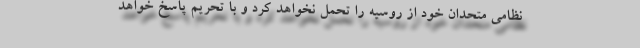
نظامی متحدان خود از روسیه را تحمل نخواهد کرد و با تحریم پاسخ خواهد